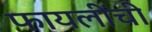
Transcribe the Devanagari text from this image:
फायलींची